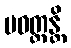
ပဝတ္တန္တိ